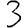
Digit: 3